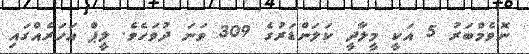
ނޮވެމްބަރު 5 އަކީ މީލާދީ ކަލަންޑަރުގެ 309 ވަނަ ދުވަހެވެ. ލީޕް އަހަރެއްގައި